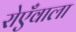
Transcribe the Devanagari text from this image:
रोएँवाला